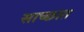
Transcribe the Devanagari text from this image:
साच्छात